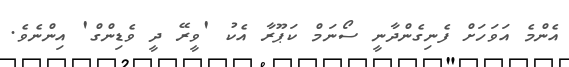
އެންމެ އަވަހަށް ފެނިގެންދާނީ ސޯނަމް ކަޕޫރާ އެކު 'ވީރޭ ދީ ވެޑިންގް' އިންނެވެ.